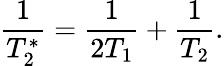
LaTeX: \frac{1}{T_{2}^{*}}=\frac{1}{2T_{1}}+\frac{1}{T_{2}}.